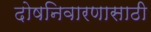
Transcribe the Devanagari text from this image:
दोषनिवारणासाठी